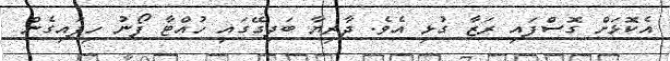
އެކޮޅަށް ގޮސްފައި ރަޒާ ގުޅި އެވެ. ދާރިޔާ ބަދިގޭގައި ހުއްޓާ ފޯނު ހިފައިގެން